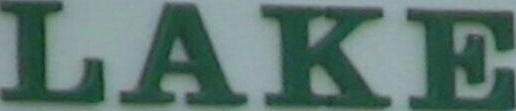
LAKE